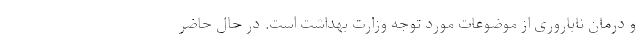
و درمان ناباروری از موضوعات مورد توجه وزارت بهداشت است. در حال حاضر